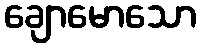
ချောမောသော